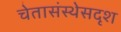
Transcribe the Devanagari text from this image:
चेतासंस्थेसदृश